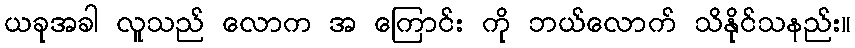
ယခုအခါ လူသည် လောက အ ကြောင်း ကို ဘယ်လောက် သိနိုင်သနည်း။